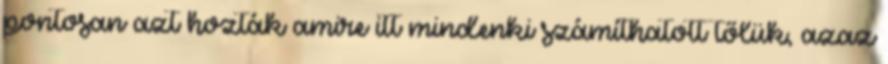
pontosan azt hozták amire itt mindenki számíthatott tőlük, azaz